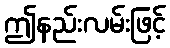
ဤနည်းလမ်းဖြင့်